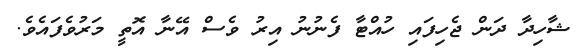
ޝާހިދާ ދަން ޖެހިފައި ހުއްޓާ ފެނުނު އިރު ވެސް އޭނާ އޮތީ މަރުވެފައެވެ.